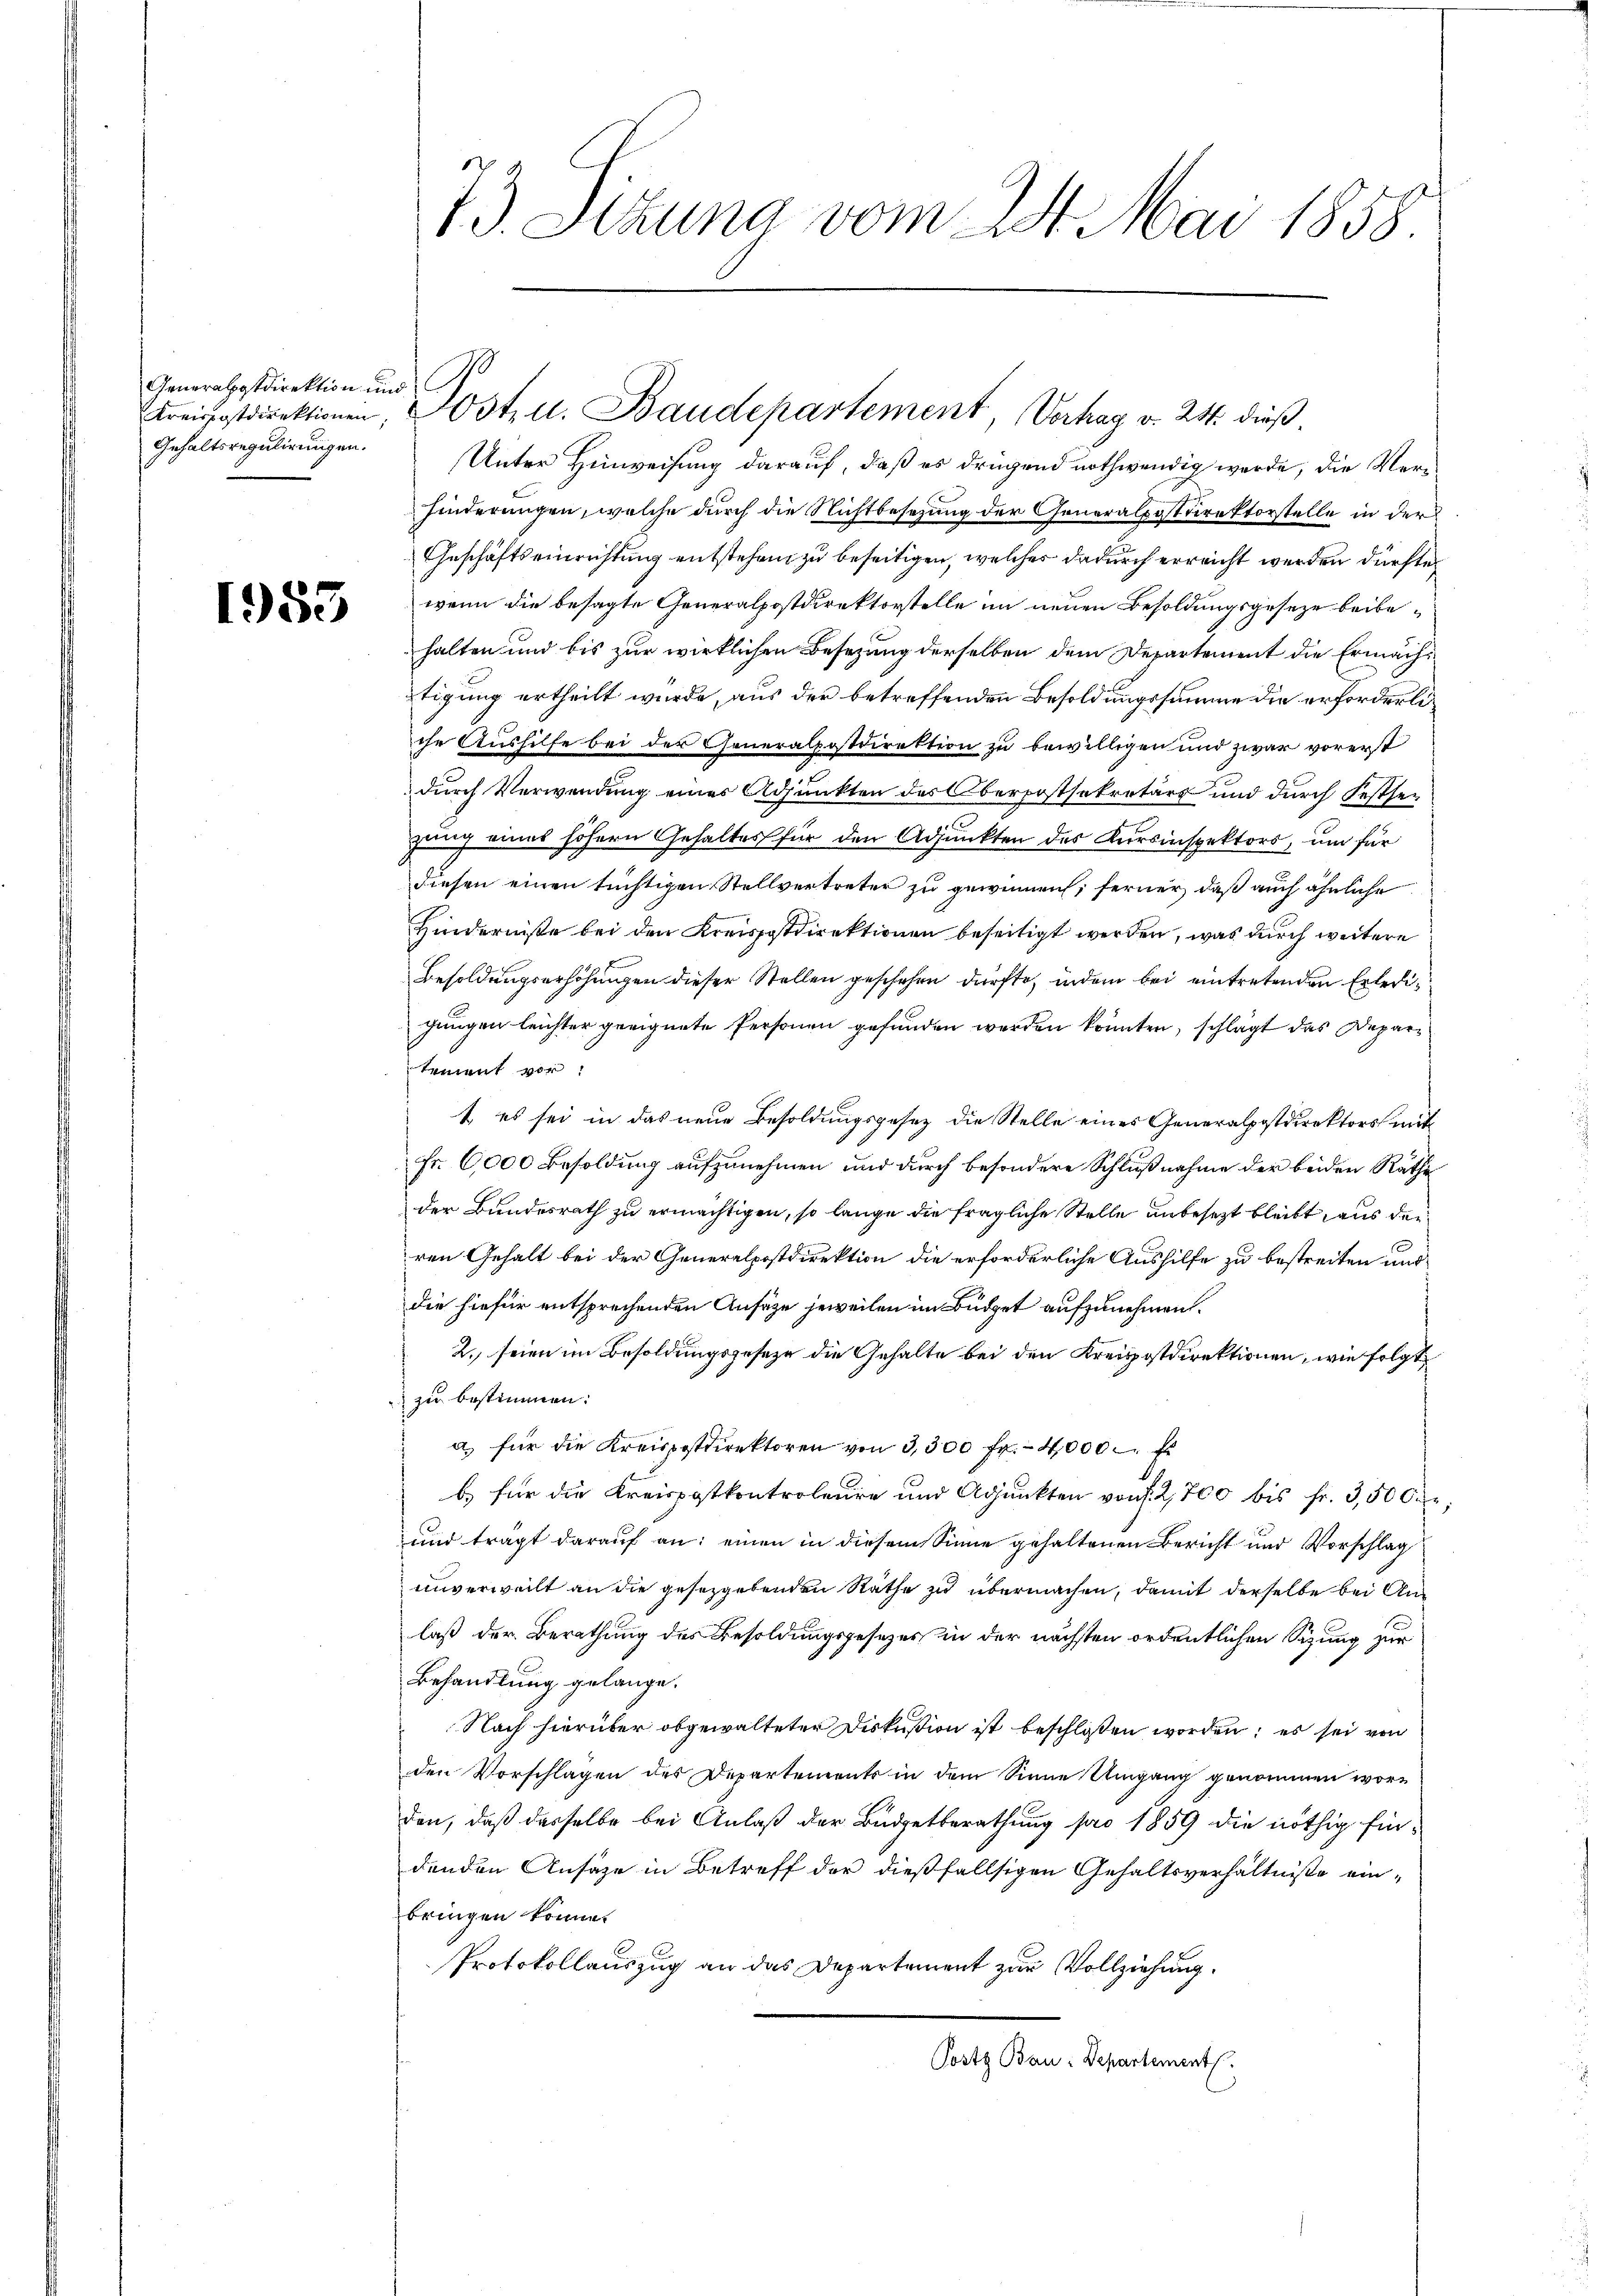
Generalpostdirektion im
Gehaltsregulirungen.

1383

73. Sizung vom 24. Mai 1858.

t
Kreisfostdirektionen, Hotz d. Baudepartement, Verhag v. 24. dieß¬

Unter Hinweisung darauf, daß es drügend nothwendig werde, die Ver¬
Hinderungen, welche durch die Nichtbesezung der Generalpasdirektorstelle in der
Geschäftseinrichtung entstehen zu beseitigen, welches dadurch erreicht werden dürfte,
wenn die besagte Generalpostdirektorstelle im neuen Besoldungsgeseze beibehalten und bis zur wirklichen Besezung derselben dem Departement die Ermächtigung ertheilt wurde, aus der betreffenden Besoldungssumme die erforderliche Aushilfe bei der Generalpostdirektion zu bewilligen und zwar vorerst
durch Verwendung eines Adjunkten des Oberpostsekretärs und durch Festsezung eines höhern Gehaltes für den Adjunkten des Kursinspektors, um für
diesen einen tüchtigen Stellvertreter zu gewinnen; ferner, daß auch ähnliche
Hinderniße bei den Kreispostdirektionen beseitigt werden, was durch weitere
Besoldungserhöhungen dieser Stellen geschehen dürfte, indem bei eintretenden Erledigungen leichter geeignete Personen gefunden werden könnten, schlägt das Departement vor:
t es sei in das neue Besoldungsgesez die Stelle eines Generalpostdirektors mit
Fr. 6000 Besoldung aufzunehmen und durch besondere Schlußnahme der beiden Räthe
der Bundesrath zu ermächtigen, so lange die fragliche Stelle unbesezt bleibt aus den
ren Gehalt bei der Generalpostdirektion die erforderliche Aushilfe zu bestreiten und
die hiefür entsprechenden Ansäze jeweilen im Büdget aufzunehmen.
2. seien im Besoldungsgeseze die Gehalte bei den Kreispostdirektionen, wie folgt
 zu bestimmen:
a) für die Kreispostdirektoren von 3,300 fr. 4000 f
b) für die Kreispatkontroleure und Adjunkten von f. 2,700 bis fr. 3,500
und trägt darauf an: einen in diesem Sinne gehaltenen Bericht und Vorschlag
unverweilt an die gesezgebenden Rathe zu übermachen, damit derselbe bei Anlaß der Berathung des Besoldungsgesetzes in der nächsten ordentlichen Sitzung zur
Behandlung gelange.
Nach hierüber obgewalteter Diskußion ist beschloßen worden; es sei von
den Vorschlagen des Departements in dem Sinne Umgang genommen worden, daß dasselbe bei Anlaß der Budgetberathung pro 1859 die nöthig findenden Ansäze in Betreff der dießfallsigen Gehaltsverhältnisse einbringen könne.
Protokollauszug an das Departement zur Vollziehung.
Posts Bau-Departements